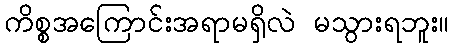
ကိစ္စအကြောင်းအရာမရှိလဲ မသွားရဘူး။